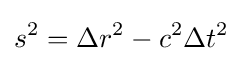
s^{2}=\Delta r^{2}-c^{2}\Delta t^{2}